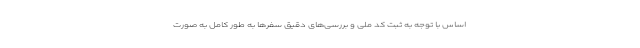
اساس با توجه به ثبت کد ملی و بررسی‌های دقیق سفرها به طور کامل به صورت